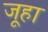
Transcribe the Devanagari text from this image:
जूहा